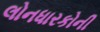
લોનધારકોની